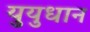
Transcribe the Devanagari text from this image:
युयुधान